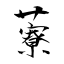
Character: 藔